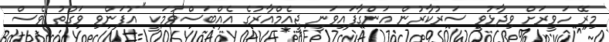
މިރޭ ހަވީރަށް ވިދާޅުވީ ސަރުކާރުން އަންގާފައިވަނީ ޖީއެމްއާރުގެ އެއްބަސްވުމަކީ "އުފަންވި ވަގުތު ވެސް